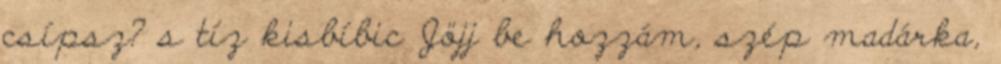
csípsz? s tíz kisbíbic Jöjj be hozzám, szép madárka,